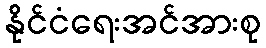
နိုင်ငံရေးအင်အားစု